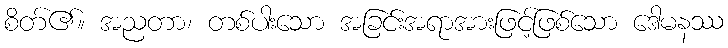
စိတ်၏။ အညတာ၊ တစ်ပါးသော အခြင်းအရာအားဖြင့်ဖြစ်သော ဒေါမနဿ